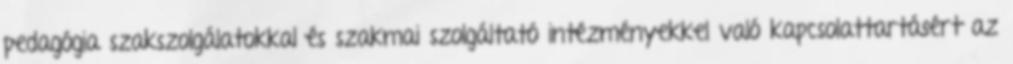
pedagógia szakszolgálatokkal és szakmai szolgáltató intézményekkel való kapcsolattartásért az